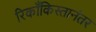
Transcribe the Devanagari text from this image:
रिकाँकिस्तानंतर